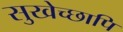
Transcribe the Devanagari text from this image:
सुखेच्छापि